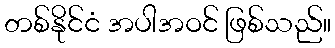
တစ်နိုင်ငံ အပါအဝင် ဖြစ်သည်။